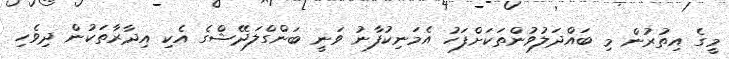
މީގެ އިތުރުން މި ބައްދަލުވުންތަކަށްފަހު އެމަނިކުފާނު ވަނީ ބަންގްލަދޭޝްގެ އެކި އިދާރާތަކުން ދިވެހި